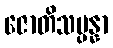
ဇောတိသမ္ပန္နာ